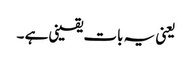
یعنی یہ بات یقینی ہے ۔